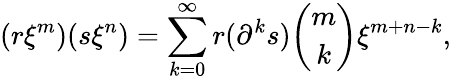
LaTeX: (r\xi^{m})(s\xi^{n})=\sum_{k=0}^{\infty}r(\partial^{k}s){\binom{m}{k}}\xi^{m+n-k},